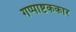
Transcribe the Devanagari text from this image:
गप्पाष्टककार